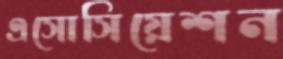
এসোসিয়েশন